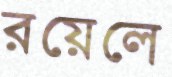
রয়েলে